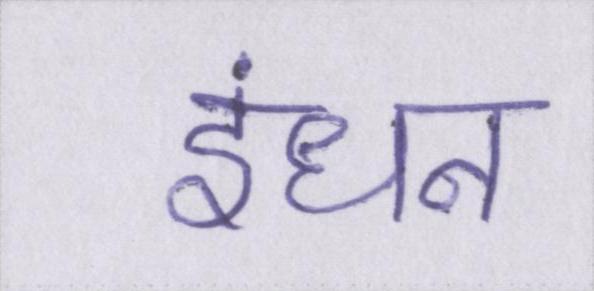
इंधन